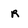
Character: R